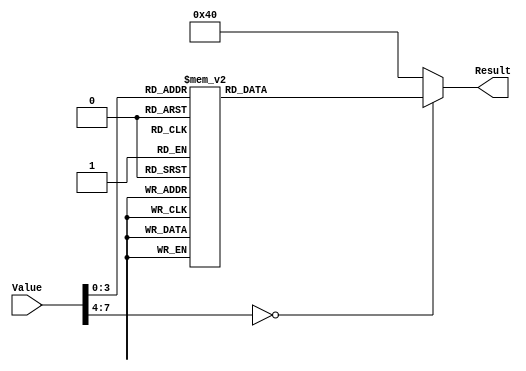
`timescale 1ns / 1ps
//////////////////////////////////////////////////////////////////////////////////
// 
// 
//////////////////////////////////////////////////////////////////////////////////


module SSDTranslation
/*** IN/OUT ***/
(
    // IN
    input [7 : 0]   Value,
    // OUT
    output [6 : 0]  Result
);

    reg [6 : 0] SegValue;
    always @(Value)
    begin
       case(Value)
            0: SegValue         <= 7'b1000000;
            1: SegValue         <= 7'b1111001;
            2: SegValue         <= 7'b0100100;
            3: SegValue         <= 7'b0110000;
            4: SegValue         <= 7'b0011001;
            5: SegValue         <= 7'b0010010;
            6: SegValue         <= 7'b0000010;
            7: SegValue         <= 7'b1111000;
            8: SegValue         <= 7'b0000000;
            9: SegValue         <= 7'b0011000;
            default  SegValue   <= 7'b1000000;
        endcase
    end 
    
    assign Result = SegValue;
   
endmodule